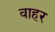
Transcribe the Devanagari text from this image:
वाहर